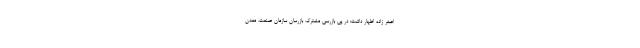
اصغر زاده اظهار داشت: در پی بازرسی مشترک بازرسان سازمان صنعت، معدن